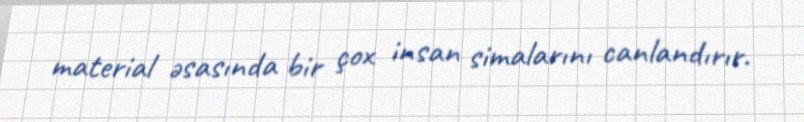
material əsasında bir çox insan simalarını canlandırır.